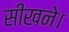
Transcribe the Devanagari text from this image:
सीखने।